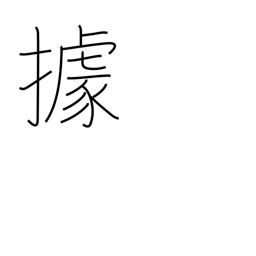
Meaning: to occupy